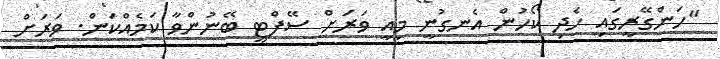
"ހަންގޭރީގައި ހެދި ކޯހުން އެނގުނީ މިއީ ވަރަށް ސޭފްޓީ ބޭނުންވާ ކަމެއްކަން. ވަރަށް